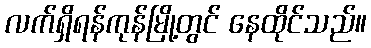
လက်ရှိရန်ကုန်မြို့တွင် နေထိုင်သည်။